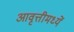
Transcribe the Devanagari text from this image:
आवृत्तीमध्यें